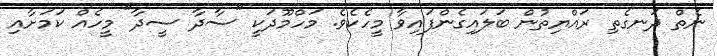
ނެތް ދަނގެތި ރައްޔިތުން ބަލައިގެންފައިވާ މީހެކެވެ. މަހްމޫދަކީ "ސާދާ ސީދާ" މީހެއް ކަމަށާއި